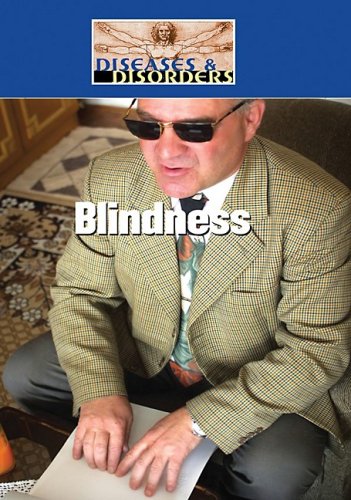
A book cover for Blindness (Diseases and Disorders); Hal Marcovitz; Teen & Young Adult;